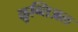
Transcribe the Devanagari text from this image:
ळुन्तिअल